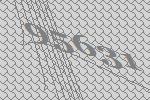
95631